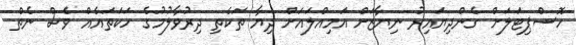
ހޮސްޕިޓަލަށް ގެންދިޔައިރު ނިޔާޒަށް އަމިއްލައަށް ދިޔާ ތަކެތި ދިރުވާލުމުގެ ހަކަތައެއް ވެސް ނެތް